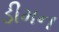
ડીમન